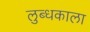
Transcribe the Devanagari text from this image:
लुब्धकाला